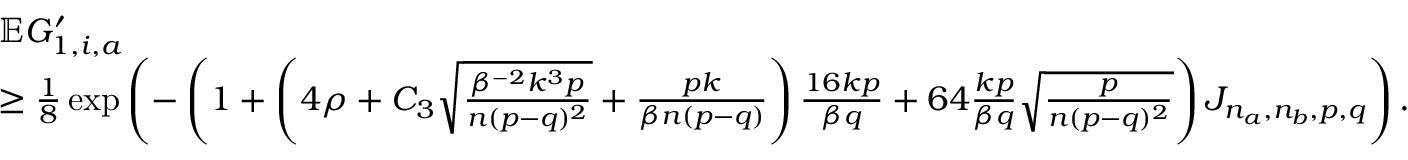
\begin{array} { r l } & { \mathbb { E } G _ { 1 , i , a } ^ { \prime } } \\ & { \geq \frac { 1 } { 8 } \exp \left( - \left( 1 + \left( 4 \rho + C _ { 3 } \sqrt { \frac { \beta ^ { - 2 } k ^ { 3 } p } { n ( p - q ) ^ { 2 } } } + \frac { p k } { \beta n ( p - q ) } \right) \frac { 1 6 k p } { \beta q } + 6 4 \frac { k p } { \beta q } \sqrt { \frac { p } { n ( p - q ) ^ { 2 } } } \right) J _ { n _ { a } , n _ { b } , p , q } \right) . } \end{array}